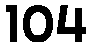
104